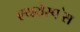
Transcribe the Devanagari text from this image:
एयरोस्प॓स